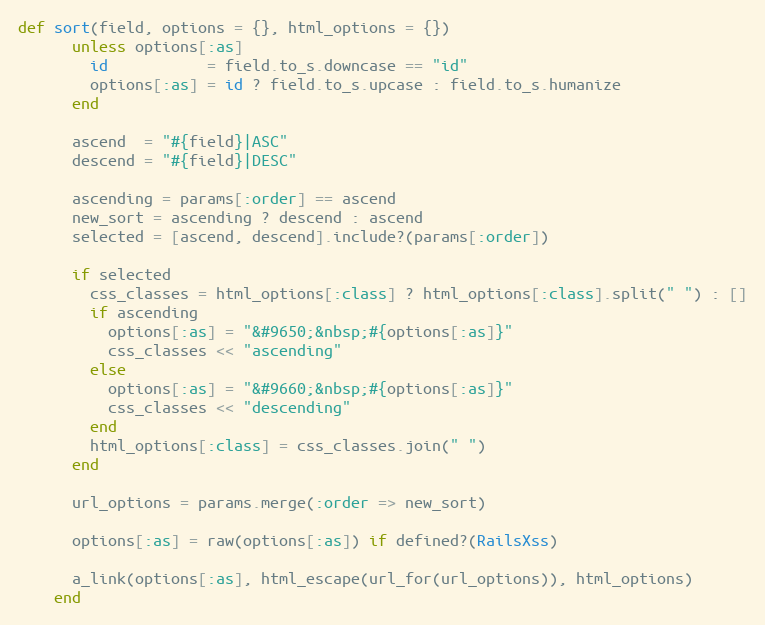
Language: Ruby
def sort(field, options = {}, html_options = {})
      unless options[:as]
        id           = field.to_s.downcase == "id"
        options[:as] = id ? field.to_s.upcase : field.to_s.humanize
      end

      ascend  = "#{field}|ASC"
      descend = "#{field}|DESC"

      ascending = params[:order] == ascend
      new_sort = ascending ? descend : ascend
      selected = [ascend, descend].include?(params[:order])

      if selected
        css_classes = html_options[:class] ? html_options[:class].split(" ") : []
        if ascending
          options[:as] = "&#9650;&nbsp;#{options[:as]}"
          css_classes << "ascending"
        else
          options[:as] = "&#9660;&nbsp;#{options[:as]}"
          css_classes << "descending"
        end
        html_options[:class] = css_classes.join(" ")
      end

      url_options = params.merge(:order => new_sort)

      options[:as] = raw(options[:as]) if defined?(RailsXss)

      a_link(options[:as], html_escape(url_for(url_options)), html_options)
    end